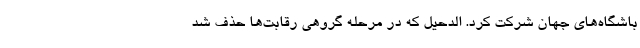
باشگاه‌های جهان شرکت کرد. الدحیل که در مرحله گروهی رقابت‌ها حذف شد